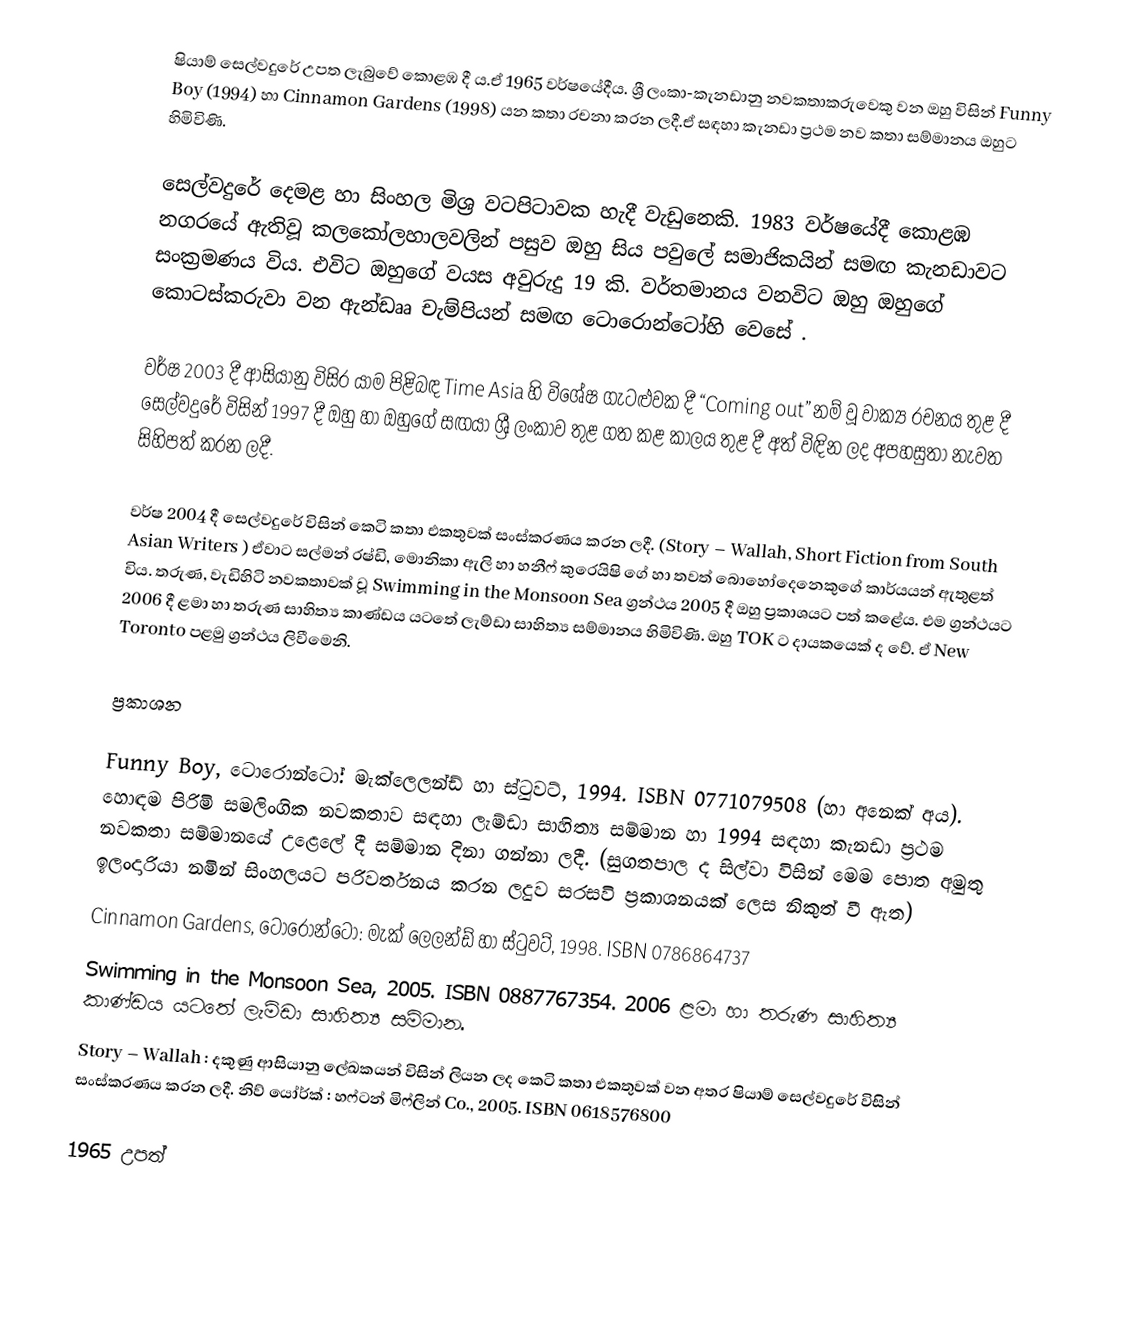
ෂියාම් සෙල්වදුරේ උපත ලැබුවේ කොළඹ දී ය.ඒ 1965 වර්ෂයේදීය. ශ්‍රී ලංකා-කැනඩානු නවකතාකරුවෙකු වන ඔහු විසින් Funny Boy (1994) හා Cinnamon Gardens (1998) යන කතා රචනා කරන ලදී.ඒ සඳහා කැනඩා ප්‍රථම නව කතා සම්මානය  ඔහුට හිමිවිණි.

සෙල්වදුරේ දෙමළ හා සිංහල මිශ්‍ර වටපිටාවක හැදී වැඩුනෙකි. 1983 වර්ෂයේදී කොළඹ නගරයේ ඇතිවූ කලකෝලහාලවලින් පසුව ඔහු සිය පවුලේ සමාජිකයින් සමඟ කැනඩාවට සංක්‍රමණය විය. එවිට ඔහුගේ වයස අවුරුදු 19 කි. වර්තමානය වනවිට ඔහු ඔහුගේ කොටස්කරුවා වන ඇන්ඩෲ චැම්පියන් සමඟ ටොරොන්ටෝහි වෙසේ .

වර්ෂ 2003 දී ආසියානු විසිර යාම පිළිබඳ Time Asia හි විශේෂ ගැටළුවක දී “Coming out” නම් වූ වාක්‍ය රචනය තුළ දී සෙල්වදුරේ විසින් 1997 දී ඔහු හා ඔහුගේ සඟයා ශ්‍රී ලංකාව තුළ ගත කළ කාලය තුළ දී අත් විඳින ලද අපහසුතා නැවත සිහිපත් කරන ලදී.

වර්ෂ 2004 දී සෙල්වදුරේ විසින් කෙටි කතා එකතුවක් සංස්කරණය කරන ලදී. (Story – Wallah, Short Fiction from South Asian Writers ) ඒවාට සල්මන් රෂ්ඩි, මොනිකා ඇලි හා හනීෆ් කුරෙයිෂි ගේ හා තවත් බොහෝදෙනෙකුගේ කාර්යයන් ඇතුළත් විය. තරුණ, වැඩිහිටි නවකතාවක් වූ Swimming in the Monsoon Sea ග්‍රන්ථය 2005 දී ඔහු ප්‍රකාශයට පත් කළේය. එම ග්‍රන්ථයට 2006 දී ළමා හා තරුණ සාහිත්‍ය කාණ්ඩය යටතේ ලැම්ඩා සාහිත්‍ය සම්මානය හිමිවිණි. ඔහු TOK ට දායකයෙක් ද වේ. ඒ New Toronto පළමු ග්‍රන්ථය ලිවීමෙනි.

ප්‍රකාශන

 Funny Boy, ටොරොන්ටෝ: මැක්ලෙලන්ඩ් හා ස්ටුවට්, 1994. ISBN 0771079508 (හා අනෙක් අය). හොඳම පිරිමි සමලිංගික නවකතාව සඳහා ලැම්ඩා සාහිත්‍ය සම්මාන හා 1994 සඳහා කැනඩා ප්‍රථම නවකතා සම්මානයේ උළෙලේ දී සම්මාන දිනා ගන්නා ලදී. (සුගතපාල ද සිල්වා විසින් මෙම පොත අමුතු ඉලංදාරියා නමින් සිංහලයට පරිවර්තනය කරන ලදුව සරසවි ප්‍රකාශනයක් ලෙස නිකුත් වී ඇත)
 Cinnamon Gardens, ටොරොන්ටෝ: මැක් ලෙලන්ඩ් හා ස්ටුවට්, 1998. ISBN 0786864737
 Swimming in the Monsoon Sea, 2005. ISBN 0887767354. 2006 ළමා හා තරුණ සාහිත්‍ය කාණ්ඩය යටතේ ලැම්ඩා සාහිත්‍ය සම්මාන.
 Story – Wallah : දකුණු ආසියානු ලේඛකයන් විසින් ලියන ලද කෙටි කතා එකතුවක් වන අතර ෂියාම් සෙල්වදුරේ විසින් සංස්කරණය කරන ලදී. නිව් යෝර්ක් : හෆ්ටන් මිෆ්ලින් Co., 2005. ISBN 0618576800

1965 උපත්